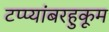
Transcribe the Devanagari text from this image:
टप्प्यांबरहुकूम